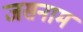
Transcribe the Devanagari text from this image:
जसनाम